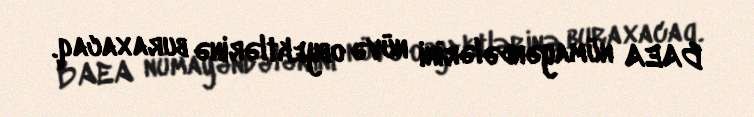
BAEA nümayəndələrini nüvə obyektlərinə buraxacaq.